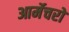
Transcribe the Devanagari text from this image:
आर्मेचरों